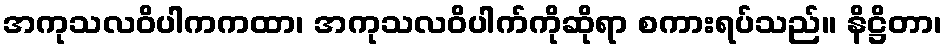
အကုသလဝိပါကကထာ၊ အကုသလဝိပါက်ကိုဆိုရာ စကားရပ်သည်။ နိဋ္ဌိတာ၊